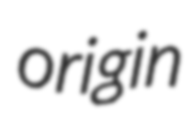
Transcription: origin